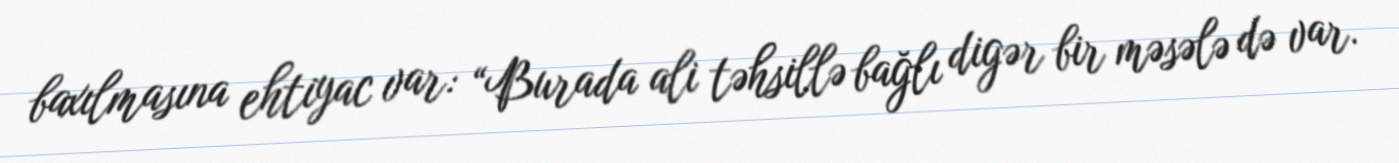
baxılmasına ehtiyac var: “Burada ali təhsillə bağlı digər bir məsələ də var.